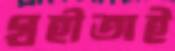
গ্রহীতাই